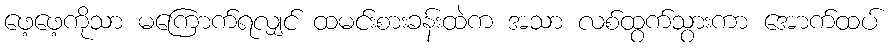
ဖေ့ဖေ့ကိုသာ မကြောက်ရလျှင် ထမင်းစားခန်းထဲက အသာ လစ်ထွက်သွားကာ အောက်ထပ်